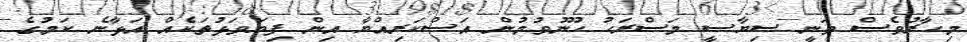
މިހާރުވެސް ވަނީ ސިޔާސީ މަސްރަހު ހޫނުވުމުން އަސްކަރިއްޔާ އިން ފިޔަވަޅުތަކެއް އަޅާނެ ކަމުގެ